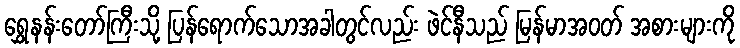
ရွှေနန်းတော်ကြီးသို့ ပြန်ရောက်သောအခါတွင်လည်း ဖဲင်နီသည် မြန်မာအဝတ် အစားများကို